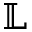
\mathbb { L }